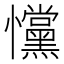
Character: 戃